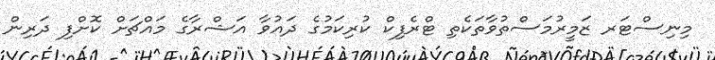
މިނިސްޓަރ ޒަމީރުމަސްތުވާތަކެތި ޓްރެފިކް ކުރިކަމުގެ ދައުވާ އަޝްރާގެ މައްޗަށް ކޮށްފި ދަރިން